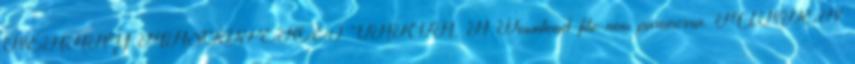
NÉHÁNY MÁSODPERCET VÁRVA, A Download file now parancsra. MINDEN